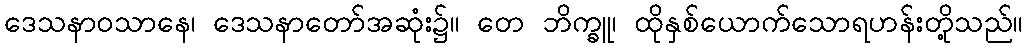
ဒေသနာဝသာနေ၊ ဒေသနာတော်အဆုံး၌။ တေ ဘိက္ခူ၊ ထိုနှစ်ယောက်သောရဟန်းတို့သည်။